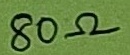
Text: 80Ω